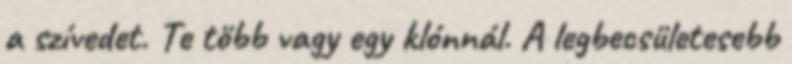
a szívedet. Te több vagy egy klónnál. A legbecsületesebb